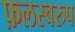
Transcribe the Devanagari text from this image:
फ़लस्वरुप